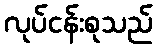
လုပ်ငန်းစုသည်